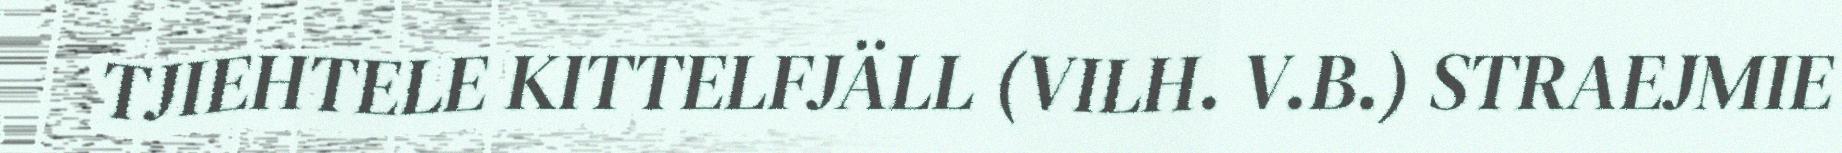
TJIEHTELE KITTELFJÄLL (VILH. V.B.) STRAEJMIE